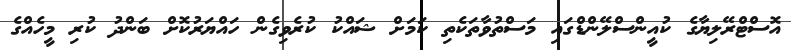
އޮސްޓްރޭލިޔާގެ ކުއީންސްލޭންޑްގައި މަސްތުވާތަކެތި ކަމަށް ޝައްކު ކުރެވިގެން ހައްޔަރުކޮށް ބަންދު ކުރި މީހެއްގެ